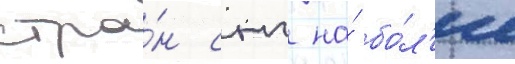
стра́н снг на́ бо́л'ее